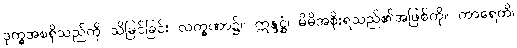
ဒုက္ခအစရှိသည်ကို သိမြင်ခြင်း လက္ခဏာ၌။ ဣန္ဒဋ္ဌံ၊ မိမိအစိုးရသည်၏အဖြစ်ကို။ ကာရေတိ၊